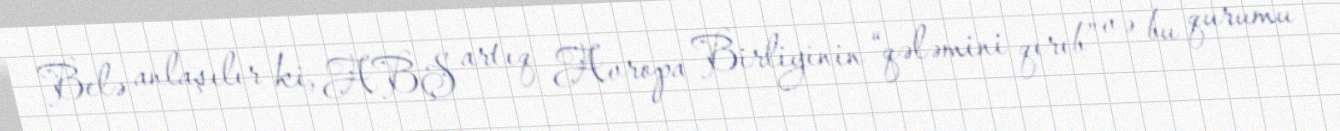
Belə anlaşılır ki, ABŞ artıq Avropa Birliyinin “qələmini qırıb” və bu qurumu